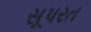
સૂપરત